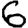
Digit: 6